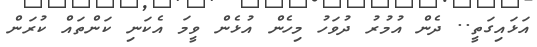
އަޅައިގަތީ.. ދެން އުމުރު ދުވަހު މިހެން އުޅެން ވީމަ އެކަނި ކަންތައް ކުރަން